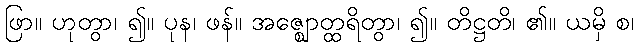
ဖြာ။ ဟုတွာ၊ ၍။ ပုန၊ ဖန်။ အဇ္ဈောတ္ထရိတွာ၊ ၍။ တိဋ္ဌတိ၊ ၏။ ယမှိ စ၊